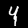
Digit: 4